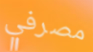
مصرفي